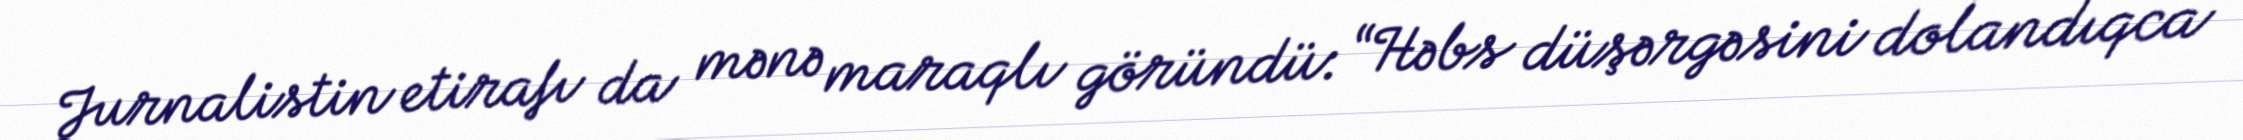
Jurnalistin etirafı da mənə maraqlı göründü: “Həbs düşərgəsini dolandıqca